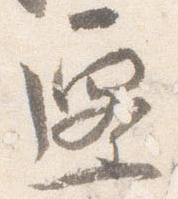
遷